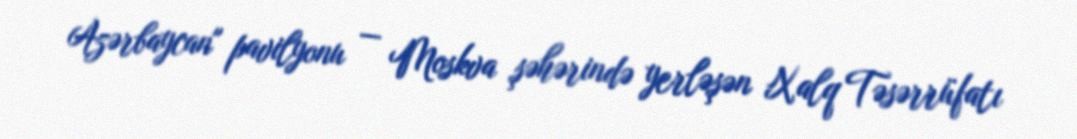
Azərbaycan" pavilyonu — Moskva şəhərində yerləşən Xalq Təsərrüfatı